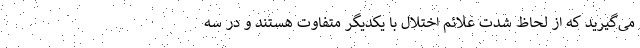
می‌گیرید که از لحاظ شدت علائم اختلال با یکدیگر متفاوت هستند و در سه